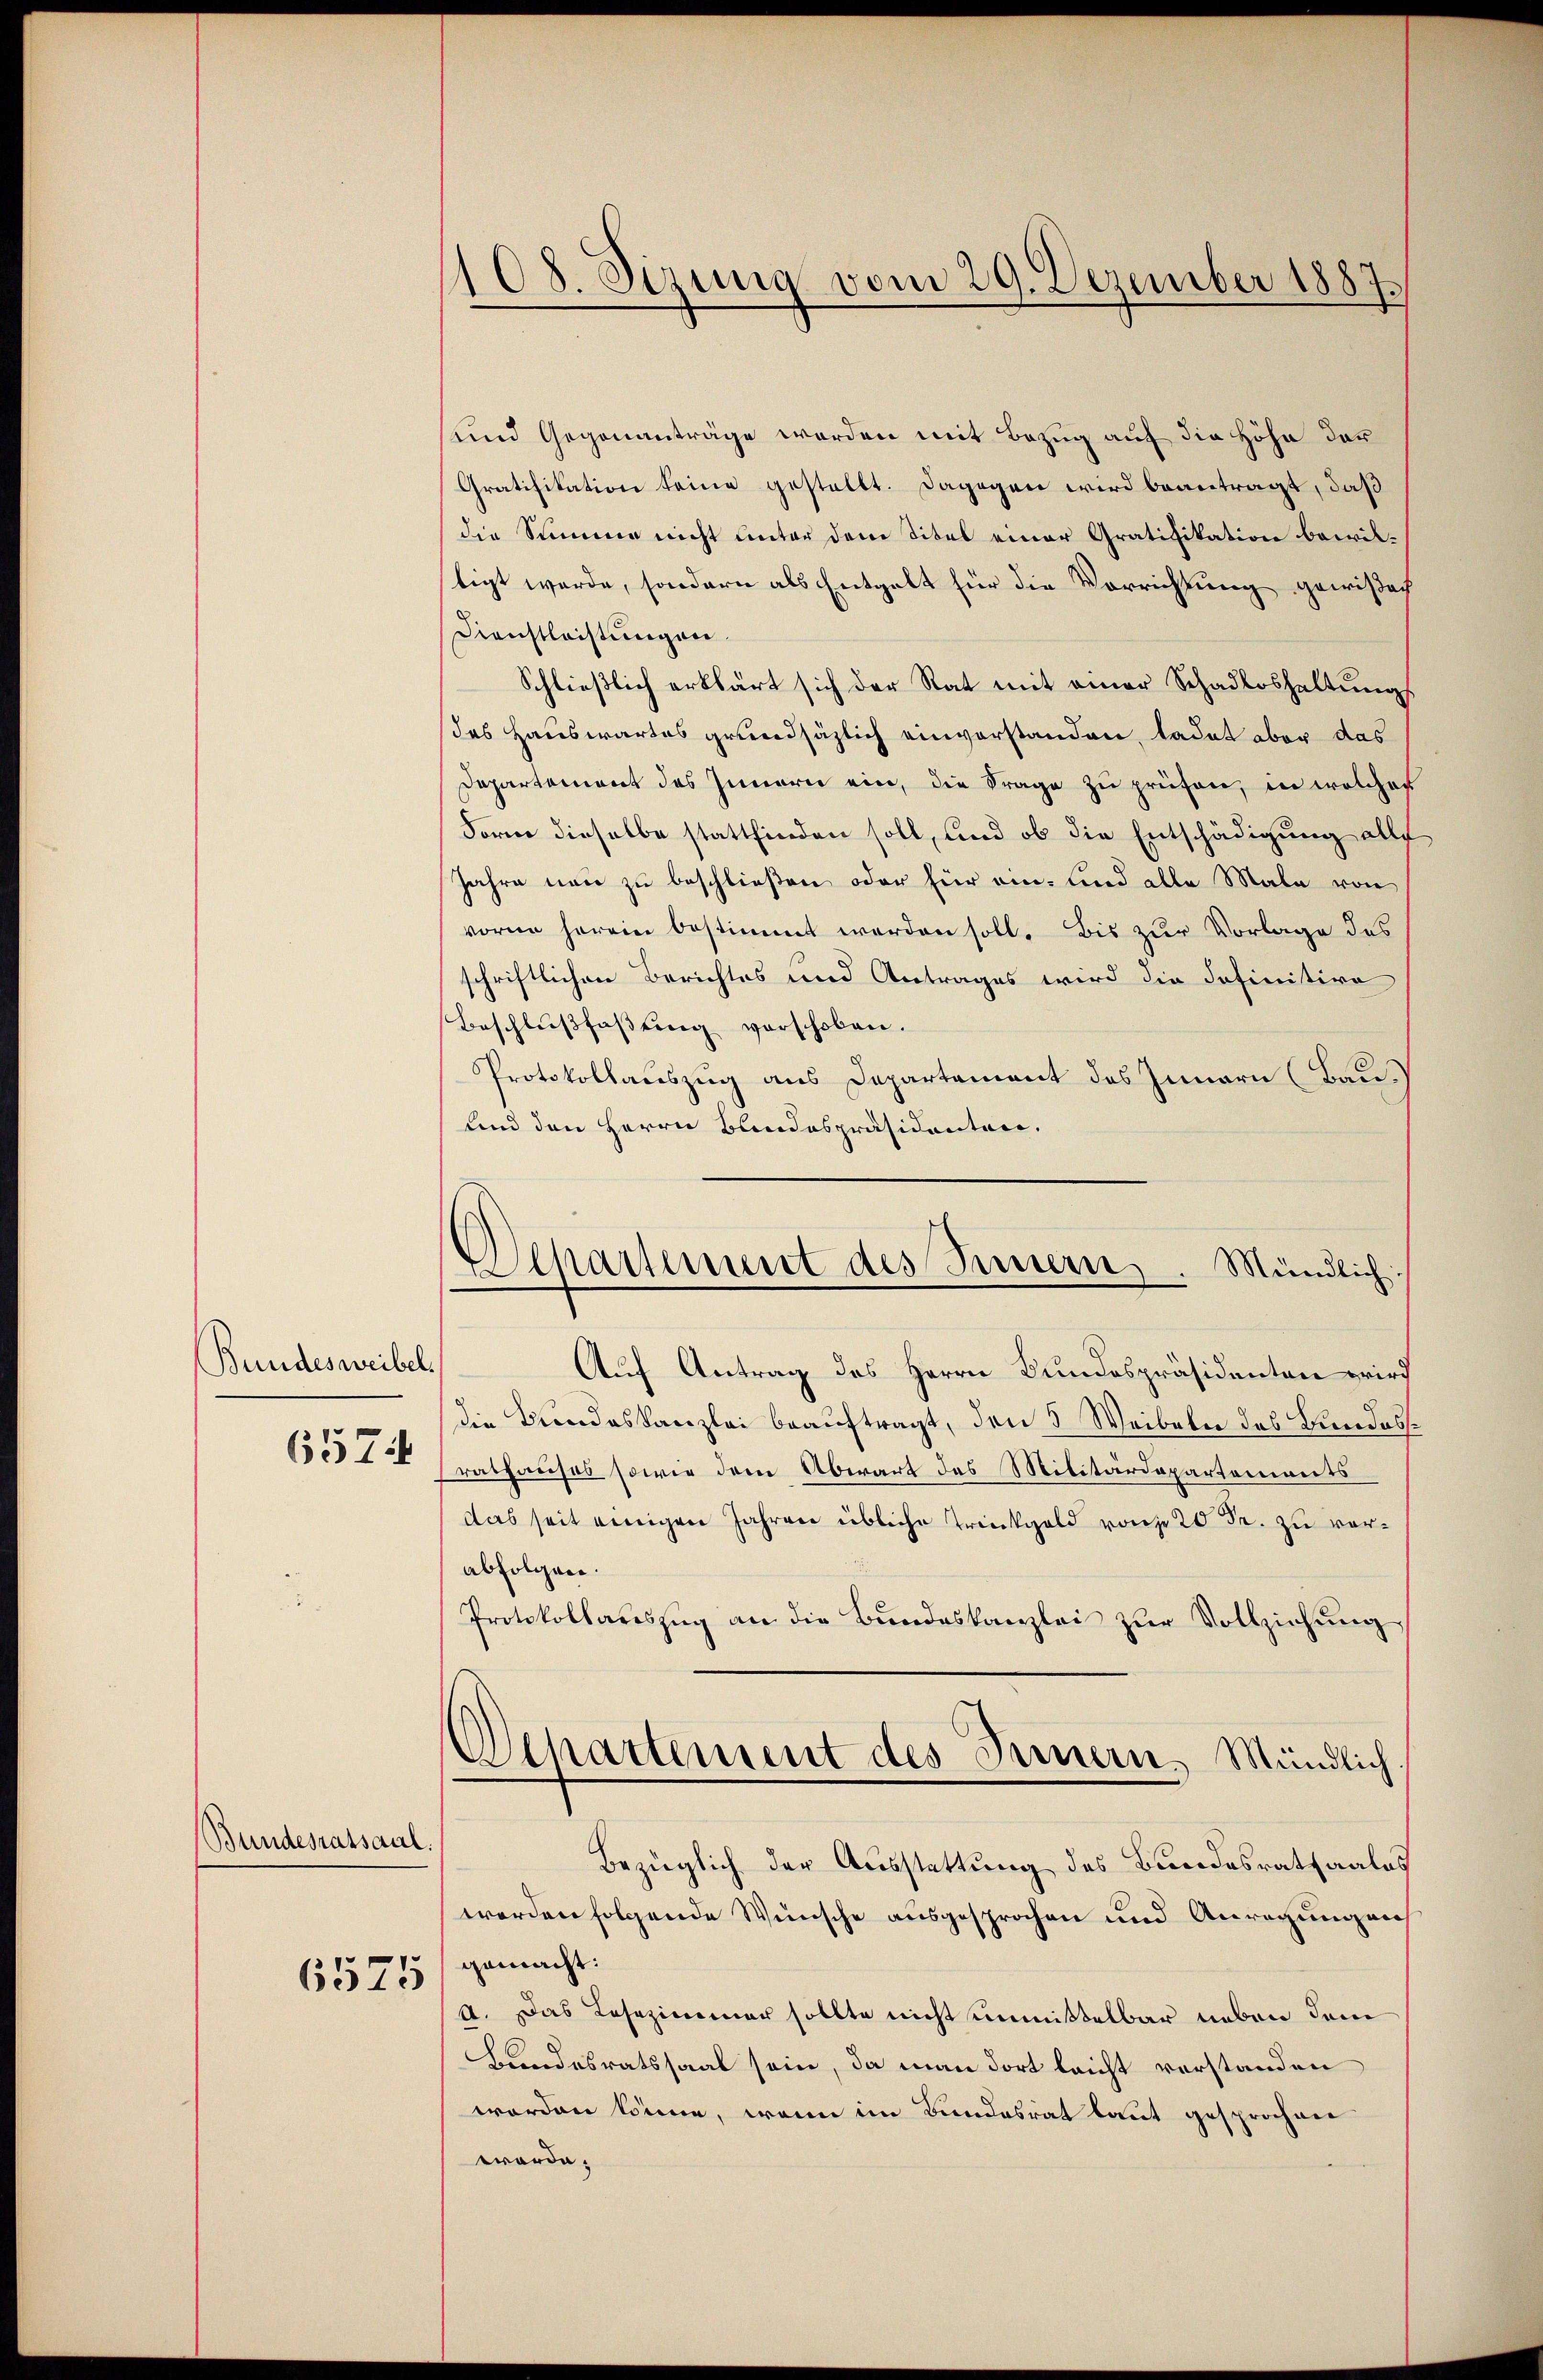
Bundesweibel.
6574

Bundesratsaal.

6575

108. Sizung vom 29. Dezember 1887.

und Gegenanträge werden mit Bezug auf die Höhe der
Gratifikation keine gestellt. Dagegen wird beantragt, daß
die Summe nicht unter dem Titel einer Gratifikation bewiltigt werde, sondern als Entgelt für die Vorrichtung gewiße¬
Dienstleistungen.
Schließlich erklärt sich der Rat mit einer Schadloshaltungs
des Hauswartes grundsäzlich einvorstanden, ladet aber das
Departement des Innern ein, die Frage zu prüfen, in welcher
Form dieselbe stattfinden soll, und ob die Entschädigung alle
Jahre neu zu beschließen oder für ein- und alle Male von
vorne herein bestimmt werden soll. Bis zur Vorlage des
schriftlichen Berichtes und Antrages wird die Definitive
Beschlußfaßung verschoben.
Protokollauszug aus Departement des Innern (Bau.
und den Herrn Bundespräsidenten.
Auf Antrag des Herrn Bundespräsidenten wird
die Diendeskanzlei beauftragt, den 5 Weibeln des Bundesrathauses sowie dem Abwart des Militärdepartements
das seit einigen Jahren übliche Trinkgeld von 20 Fr. zu verabfolgen.
Protokollareszŭg an die Bŭndeskanzlei zŭr Vollziehŭng
Dehartement des Innern, Mündlich.
Bezüglich der Ausstattung des Bundesrathaales
werden folgende Wünsche ausgesprochen und Anregungen
gemacht:
4. Das Lesezimmer sollte nicht unmittelbar neben dem
Bundesratssaal sein, da man dort leicht verstanden
worden könne, wenn im Bundesrat laut gesprochen
worde.

Separtement des Innern. Mündlich